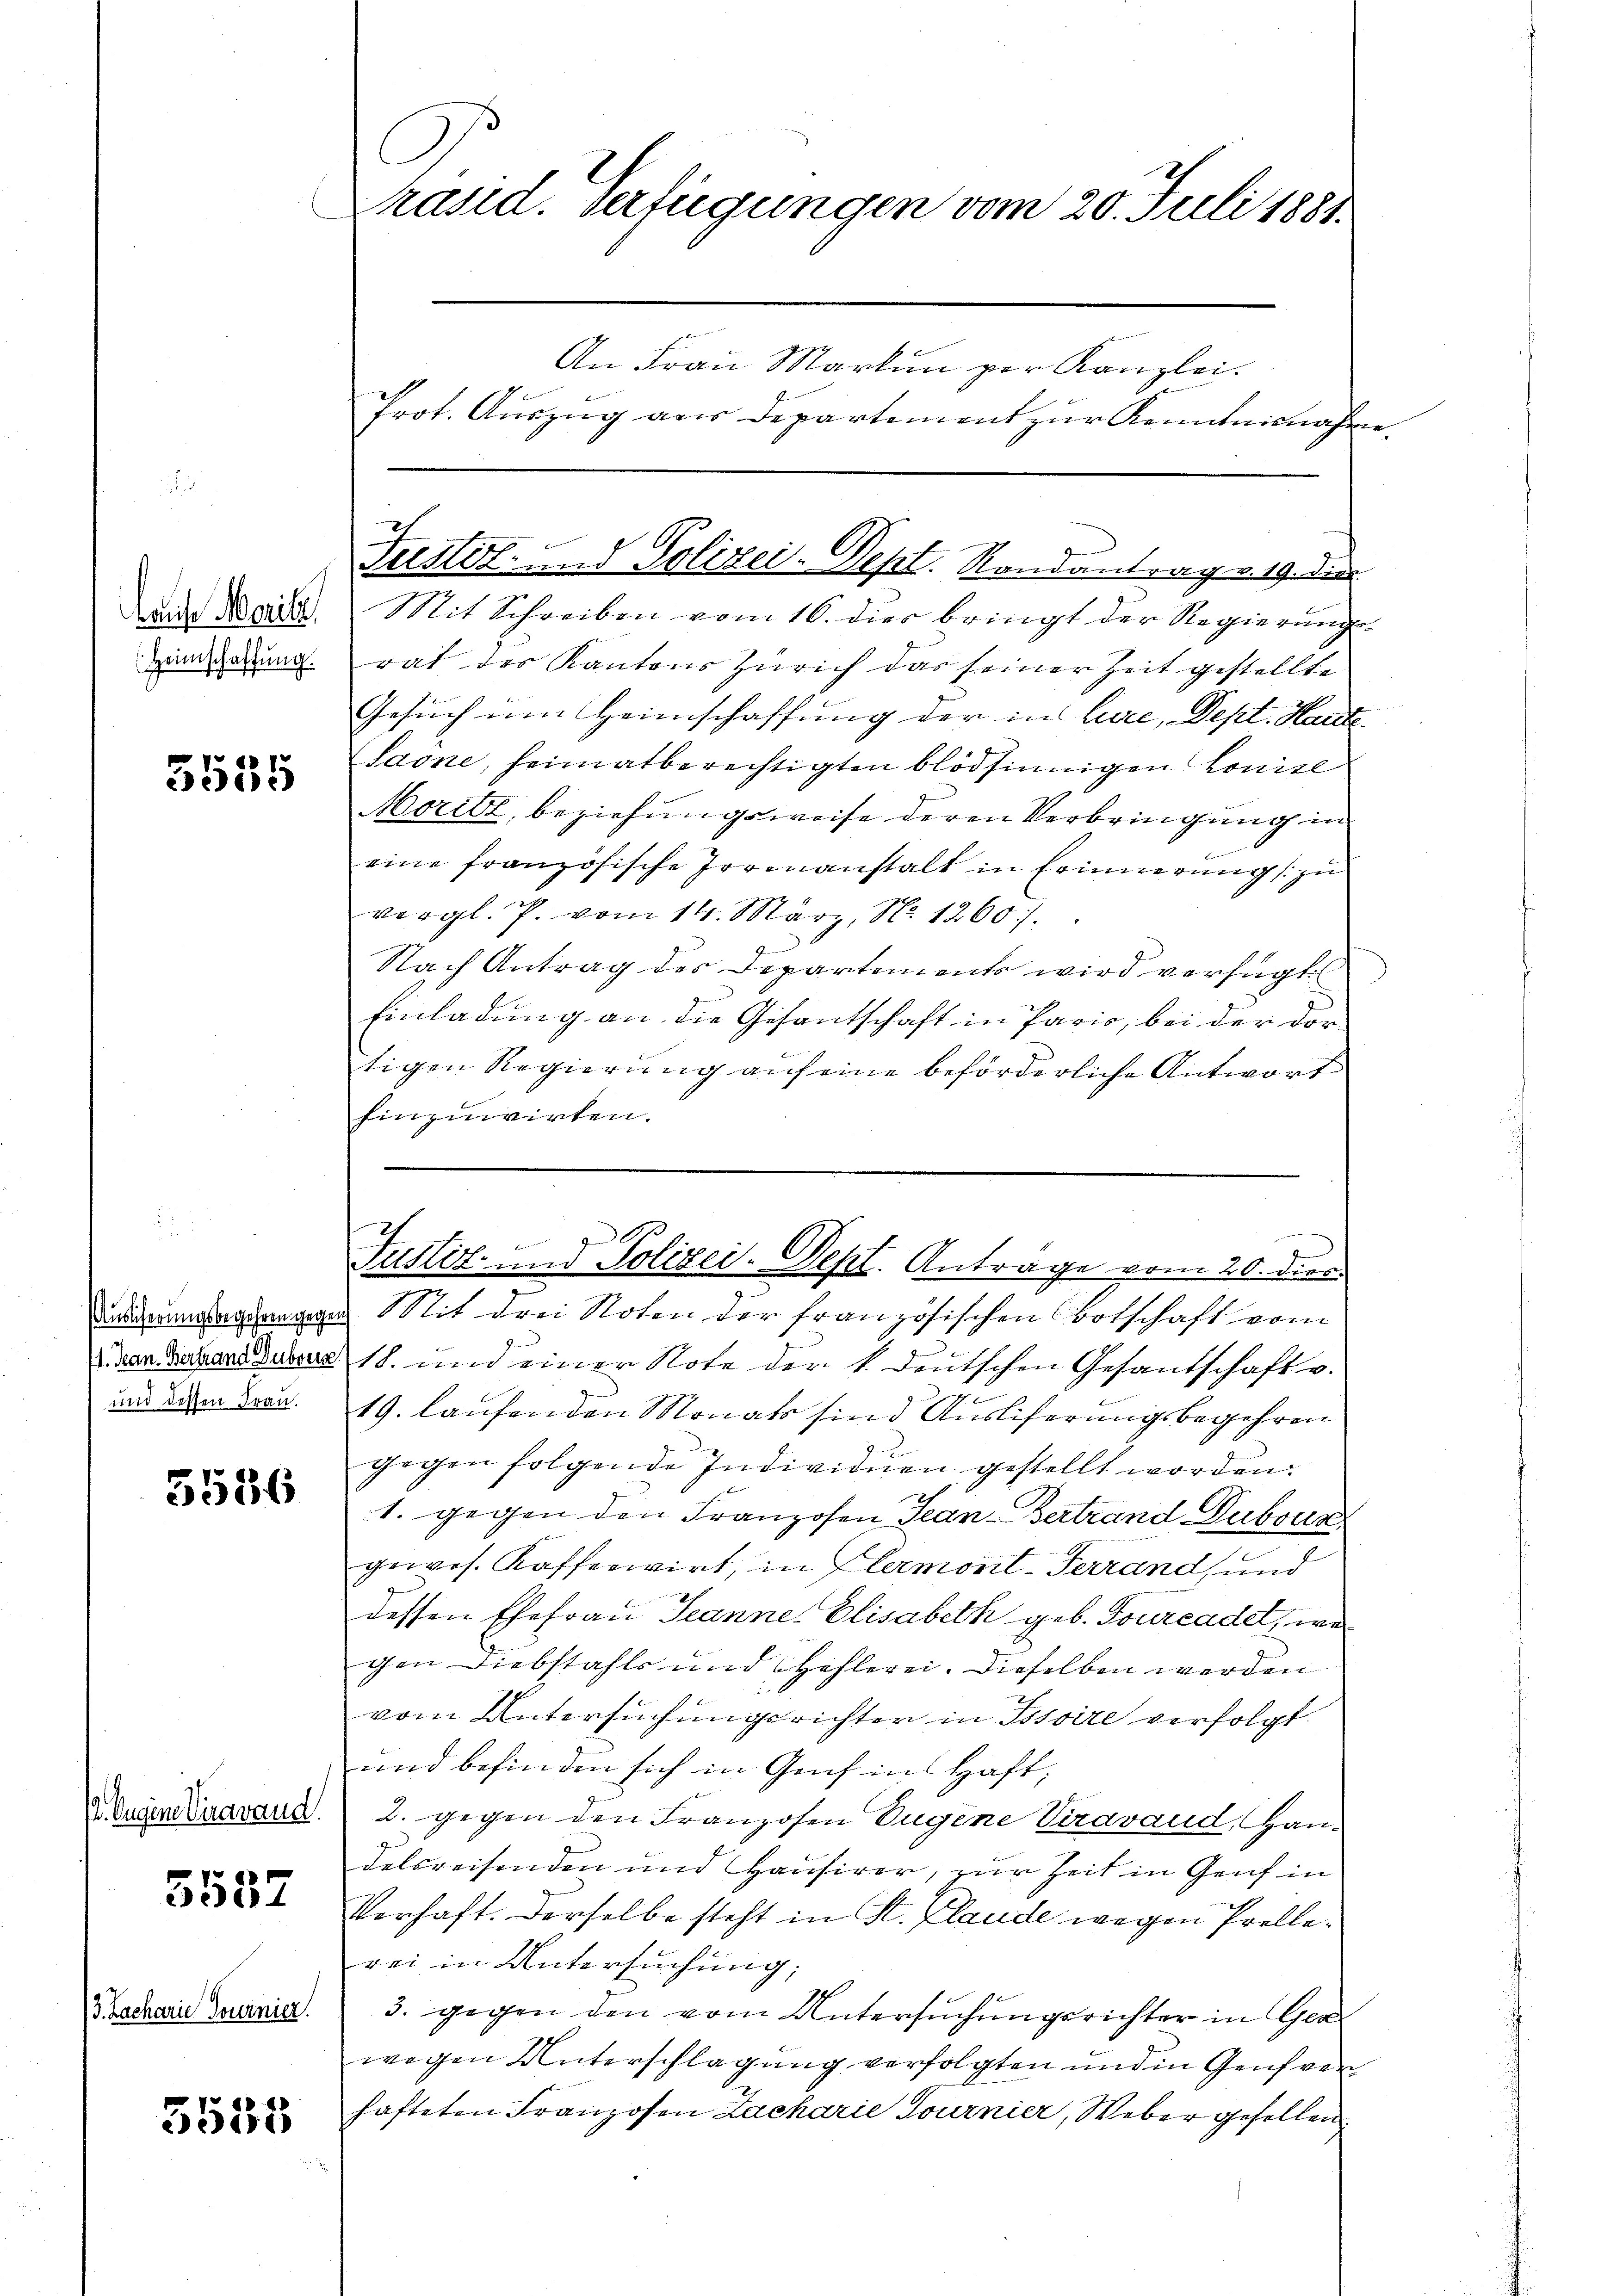
laute Marile,
Heimschaffung.

5555

Ausicherungsbegehren gegen
(1. Man. Bertrand Dubverz
und dessen Frau.

5536

12. Augene Viravand.

5537

3. Zacharie Tournier.

3535

C
Präsid. Verfügungen vom 20. Juli 1881.
An Frau Martin per Kanzlei.
Prot. Auszug aus Departement zur Kenntnisnahe

Mit Schreiben vom 16. dies bringt der Regierung
rat des Kantons Zürich das seiner Zeit gestellte
Gesuch um Heimschaffung der in Lure, Dept. Hande
Saone, heimatberechtigten blödsinnigen Konitl
Moritz, beziehungsweise deren Verbringung in
eine französische Irrenanstalt in Erinnerung zu
vergl. P. vom 14. März, No. 1260.
Nach Antrag des Departements wird verfügt
Einladung an die Gesantschaft in Paris, bei der dortigen Regierung auf eine beförderliche Antwort
hinzuwirten.
it drei Noten der französischen Botschaft vom
18. und einer Note der k. deutschen Gesandschaft v.
19. laufenden Monats sind Ausliferungsbegehren
gegen folgende Individuen gestellt worden.
x
1. gegen den Franzosen Jean - Bertrand Dubour
gewes. Kafferirt, in Glermont-Terrand, und
dessen Ehefrau Jeanne Elisabeth geb. Tourcadel, we
gen Diebstahls und Höhlerei. Dieselben werden
vom Untersuchungsrichter in Tssoire verfolgt.
und befinden sich in Genf in Haft,
2. gegen den Franzosen Eugene Viravaud, Handelsreisenden und Hausirer, zur Zeit in Genf in
Verhaft. Derselbe steht in St. Plaude wegen Prellerei in Untersuchung;
3. gegen den vom Untersuchungsrichter in Gra
wegen Unterschlagung verfolgten und in Genf ver
hafteten Franzosen Zacharie Tournier, Weber gesellen

c
sustiz- und Polizei-Dept. Randantrag v. 19. die

n
e
Fustiz- und Polizei-Dept. Antrage vom 20. dies